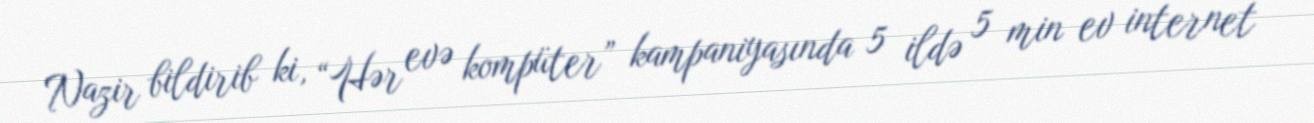
Nazir bildirib ki, “Hər evə kompüter” kampaniyasında 5 ildə 5 min ev internet